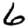
Digit: 6